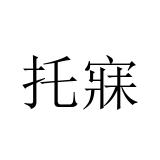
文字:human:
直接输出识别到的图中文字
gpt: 托寐